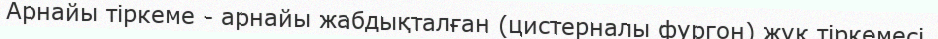
Арнайы тіркеме - арнайы жабдықталған (цистерналы фургон) жүк тіркемесі.